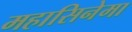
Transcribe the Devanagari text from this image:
महासिनेमा